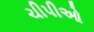
ચીપીઓ